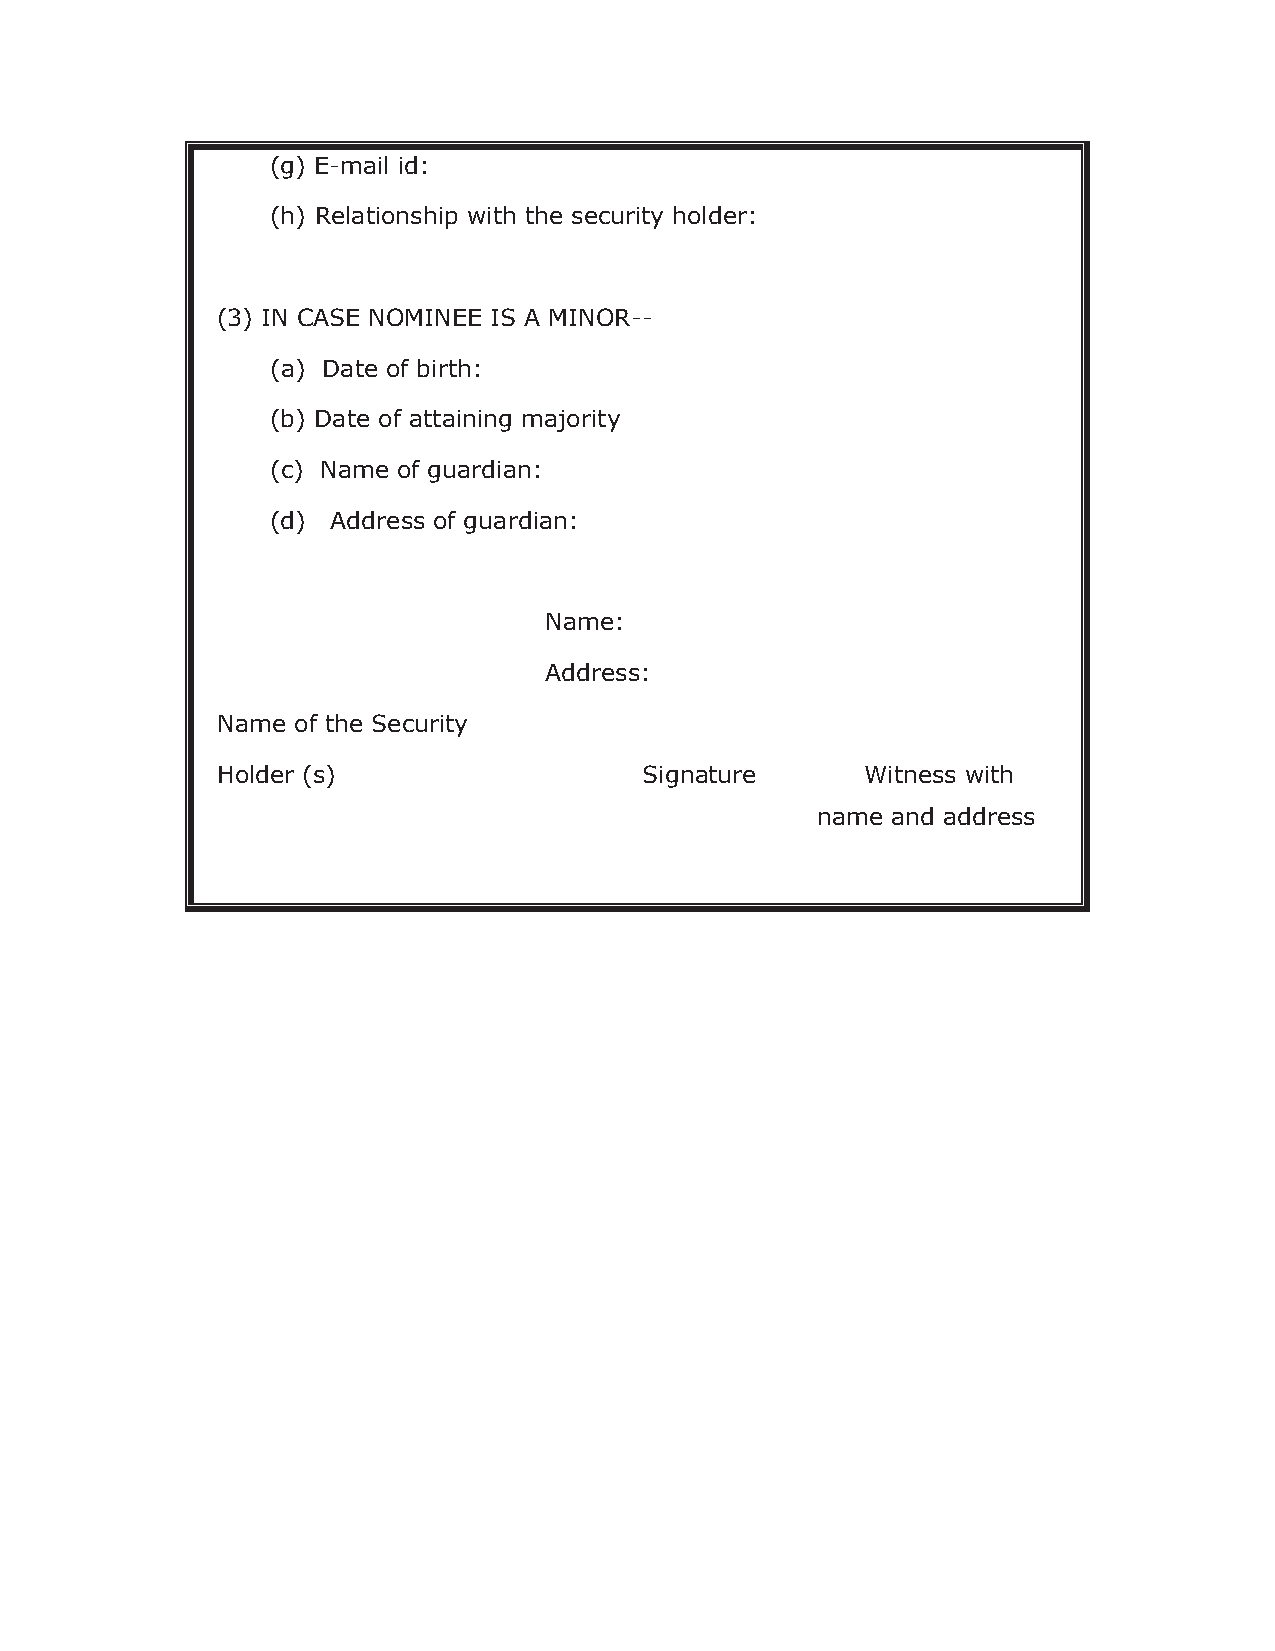
(g) E-mail id:
 (h) Relationship with the security holder:
 (3) IN CASE NOMINEE IS A MINOR--
 (a) Date of birth:
 (b) Date of attaining majority
 (c) Name of guardian:
 (d) Address of guardian:
 Name:
 Address:
 Name of the Security
 Holder (s)                   Signature     Witness with
 name and address